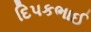
દિપકભાઈ